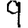
Digit: 9